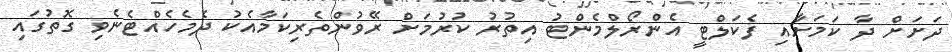
ދަށަށް ދާ ކަމަށާއި ފެކަލްޓީ އެންރޯލްމެންޓު އިތުރު ކުރުމަށް ރޭވުންތެރިކަމާއެކު ދެމެހެއްޓެނެވި ގޮތުގައި